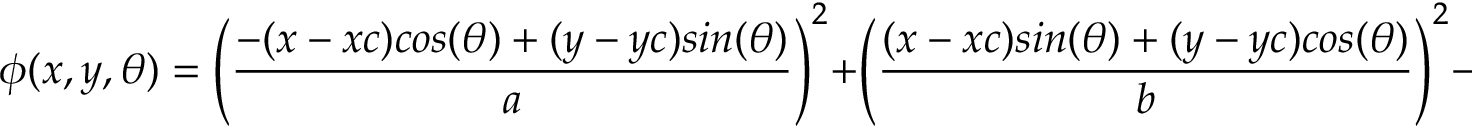
\phi ( x , y , \theta ) = \left( \frac { - ( x - x c ) c o s ( \theta ) + ( y - y c ) s i n ( \theta ) } { a } \right) ^ { 2 } + \left( \frac { ( x - x c ) s i n ( \theta ) + ( y - y c ) c o s ( \theta ) } { b } \right) ^ { 2 } - 1